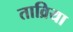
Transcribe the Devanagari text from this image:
ताव्रिया